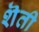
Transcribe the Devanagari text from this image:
शॆती